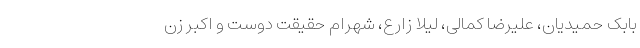
بابک حمیدیان، علیرضا کمالی، لیلا زارع، شهرام حقیقت دوست و اکبر زن